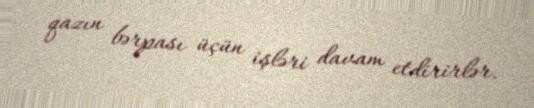
qazın bərpası üçün işləri davam etdirirlər.